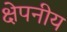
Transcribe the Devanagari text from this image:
क्षेपनीय